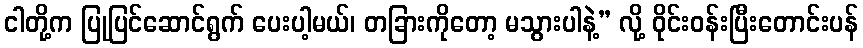
ငါတို့က ပြုပြင်ဆောင်ရွက် ပေးပါ့မယ်၊ တခြားကိုတော့ မသွားပါနဲ့” လို့ ဝိုင်းဝန်းပြီးတောင်းပန်